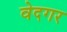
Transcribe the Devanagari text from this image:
वेदगर